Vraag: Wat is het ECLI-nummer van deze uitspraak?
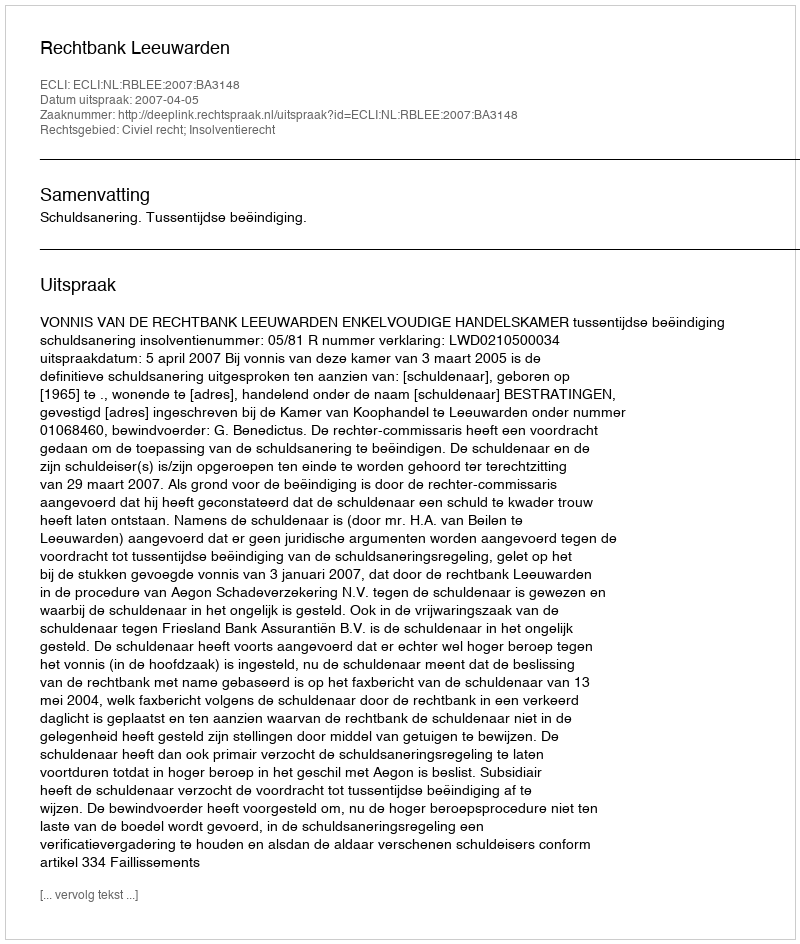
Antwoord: ECLI:NL:RBLEE:2007:BA3148